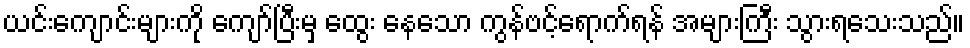
ယင်းကျောင်းများကို ကျော်ပြီးမှ ထွေး နေသော ကွန်ဗင့်ရောက်ရန် အများကြီး သွားရသေးသည်။